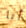
أنا